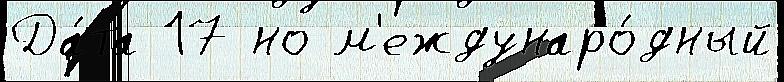
Да́та 17 но м'еждунаро́дный